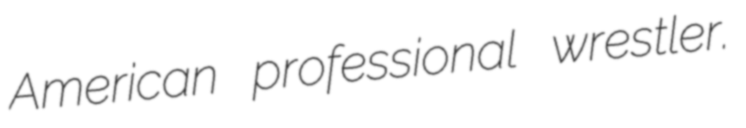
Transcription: American professional wrestler.